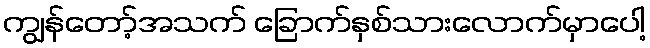
ကျွန်တော့်အသက် ခြောက်နှစ်သားလောက်မှာပေါ့